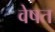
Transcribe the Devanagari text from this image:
वेषत